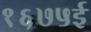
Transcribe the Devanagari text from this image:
१६७५ई